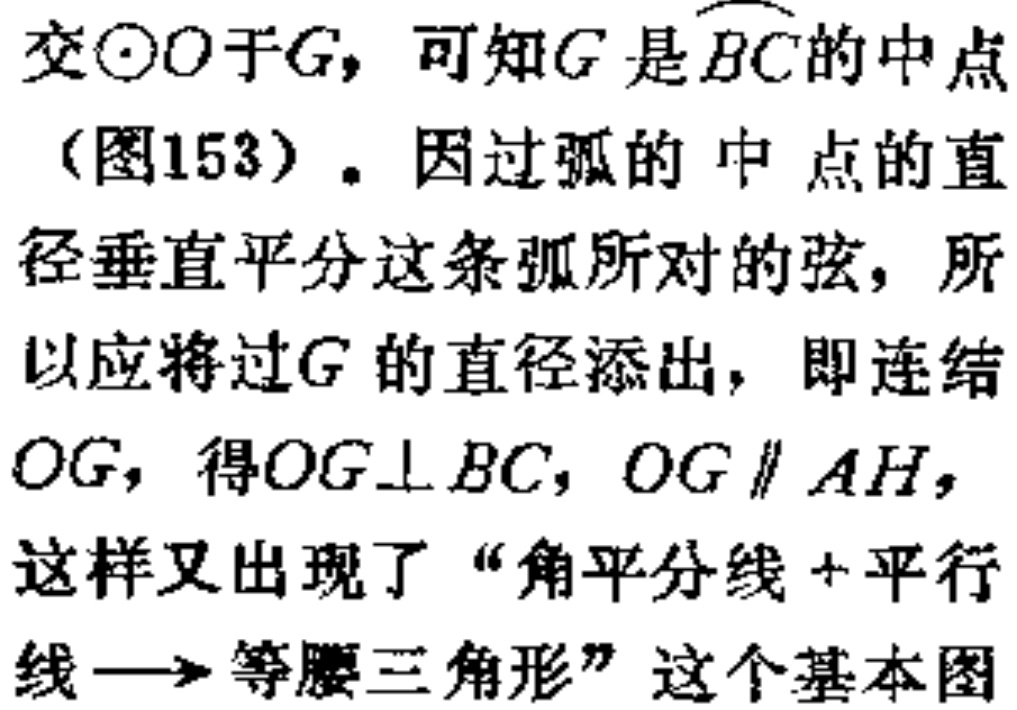
交\(\odot O\)于\(G\)，可知\(G\)是\(\overset{\frown}{BC}\)的中点（图153）. 因过弧的中点的直径垂直平分这条弧所对的弦，所以应将过\(G\)的直径添出，即连结\(OG\)，得\(OG\perp BC\)，\(OG\parallel AH\)，这样又出现了“角平分线+平行线\(\longrightarrow\)等腰三角形”这个基本图